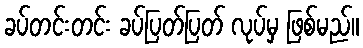
ခပ်တင်းတင်း ခပ်ပြတ်ပြတ် လုပ်မှ ဖြစ်မည်။